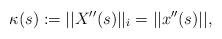
\begin{align*}\kappa(s):=||X''(s)||_i =||x''(s)||,\end{align*}